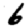
Digit: 6